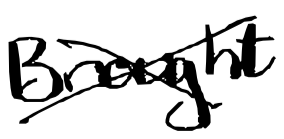
Text: brought
Cross-out: cross
Writing tool: digital_black